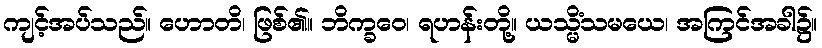
ကျင့်အပ်သည်။ ဟောတိ၊ ဖြစ်၏။ ဘိက္ခဝေ၊ ရဟန်းတို့။ ယသ္မိံသမယေ၊ အကြင်အခါ၌။